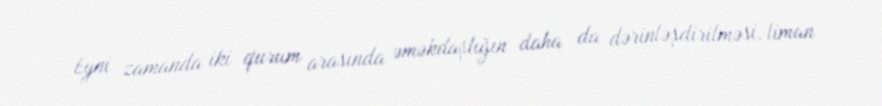
Eyni zamanda iki qurum arasında əməkdaşlığın daha da dərinləşdirilməsi, liman